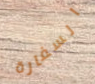
السفارة